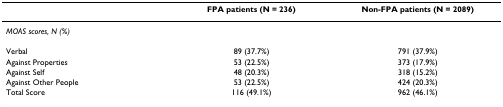
<table><thead><tr><td></td><td><b>FPA patients (N = 236)</b></td><td><b>Non-FPA patients (N = 2089)</b></td></tr></thead><tbody><tr><td><i>MOAS scores, N (%)</i></td><td></td><td></td></tr><tr><td>Verbal</td><td>89 (37.7%)</td><td>791 (37.9%)</td></tr><tr><td>Against Properties</td><td>53 (22.5%)</td><td>373 (17.9%)</td></tr><tr><td>Against Self</td><td>48 (20.3%)</td><td>318 (15.2%)</td></tr><tr><td>Against Other People</td><td>53 (22.5%)</td><td>424 (20.3%)</td></tr><tr><td>Total Score</td><td>116 (49.1%)</td><td>962 (46.1%)</td></tr></tbody></table>